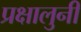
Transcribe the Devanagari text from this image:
प्रक्षालुनी